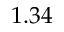
1 . 3 4